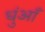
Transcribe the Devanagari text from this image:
धुंआँ